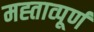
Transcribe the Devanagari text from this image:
मह्ताव्पूर्ण